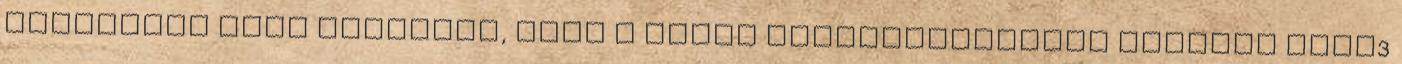
vizsgálat azon alapszik, hogy a talaj mésztartalmáért felelős CaCO3